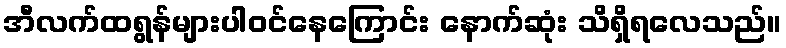
အီလက်ထရွန်များပါဝင်နေကြောင်း နောက်ဆုံး သိရှိရလေသည်။